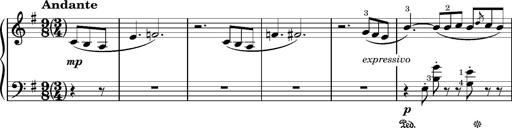
Title: Romance oubliÃ©e
Composer: Franz Liszt